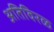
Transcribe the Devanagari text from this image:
अतिविरळ